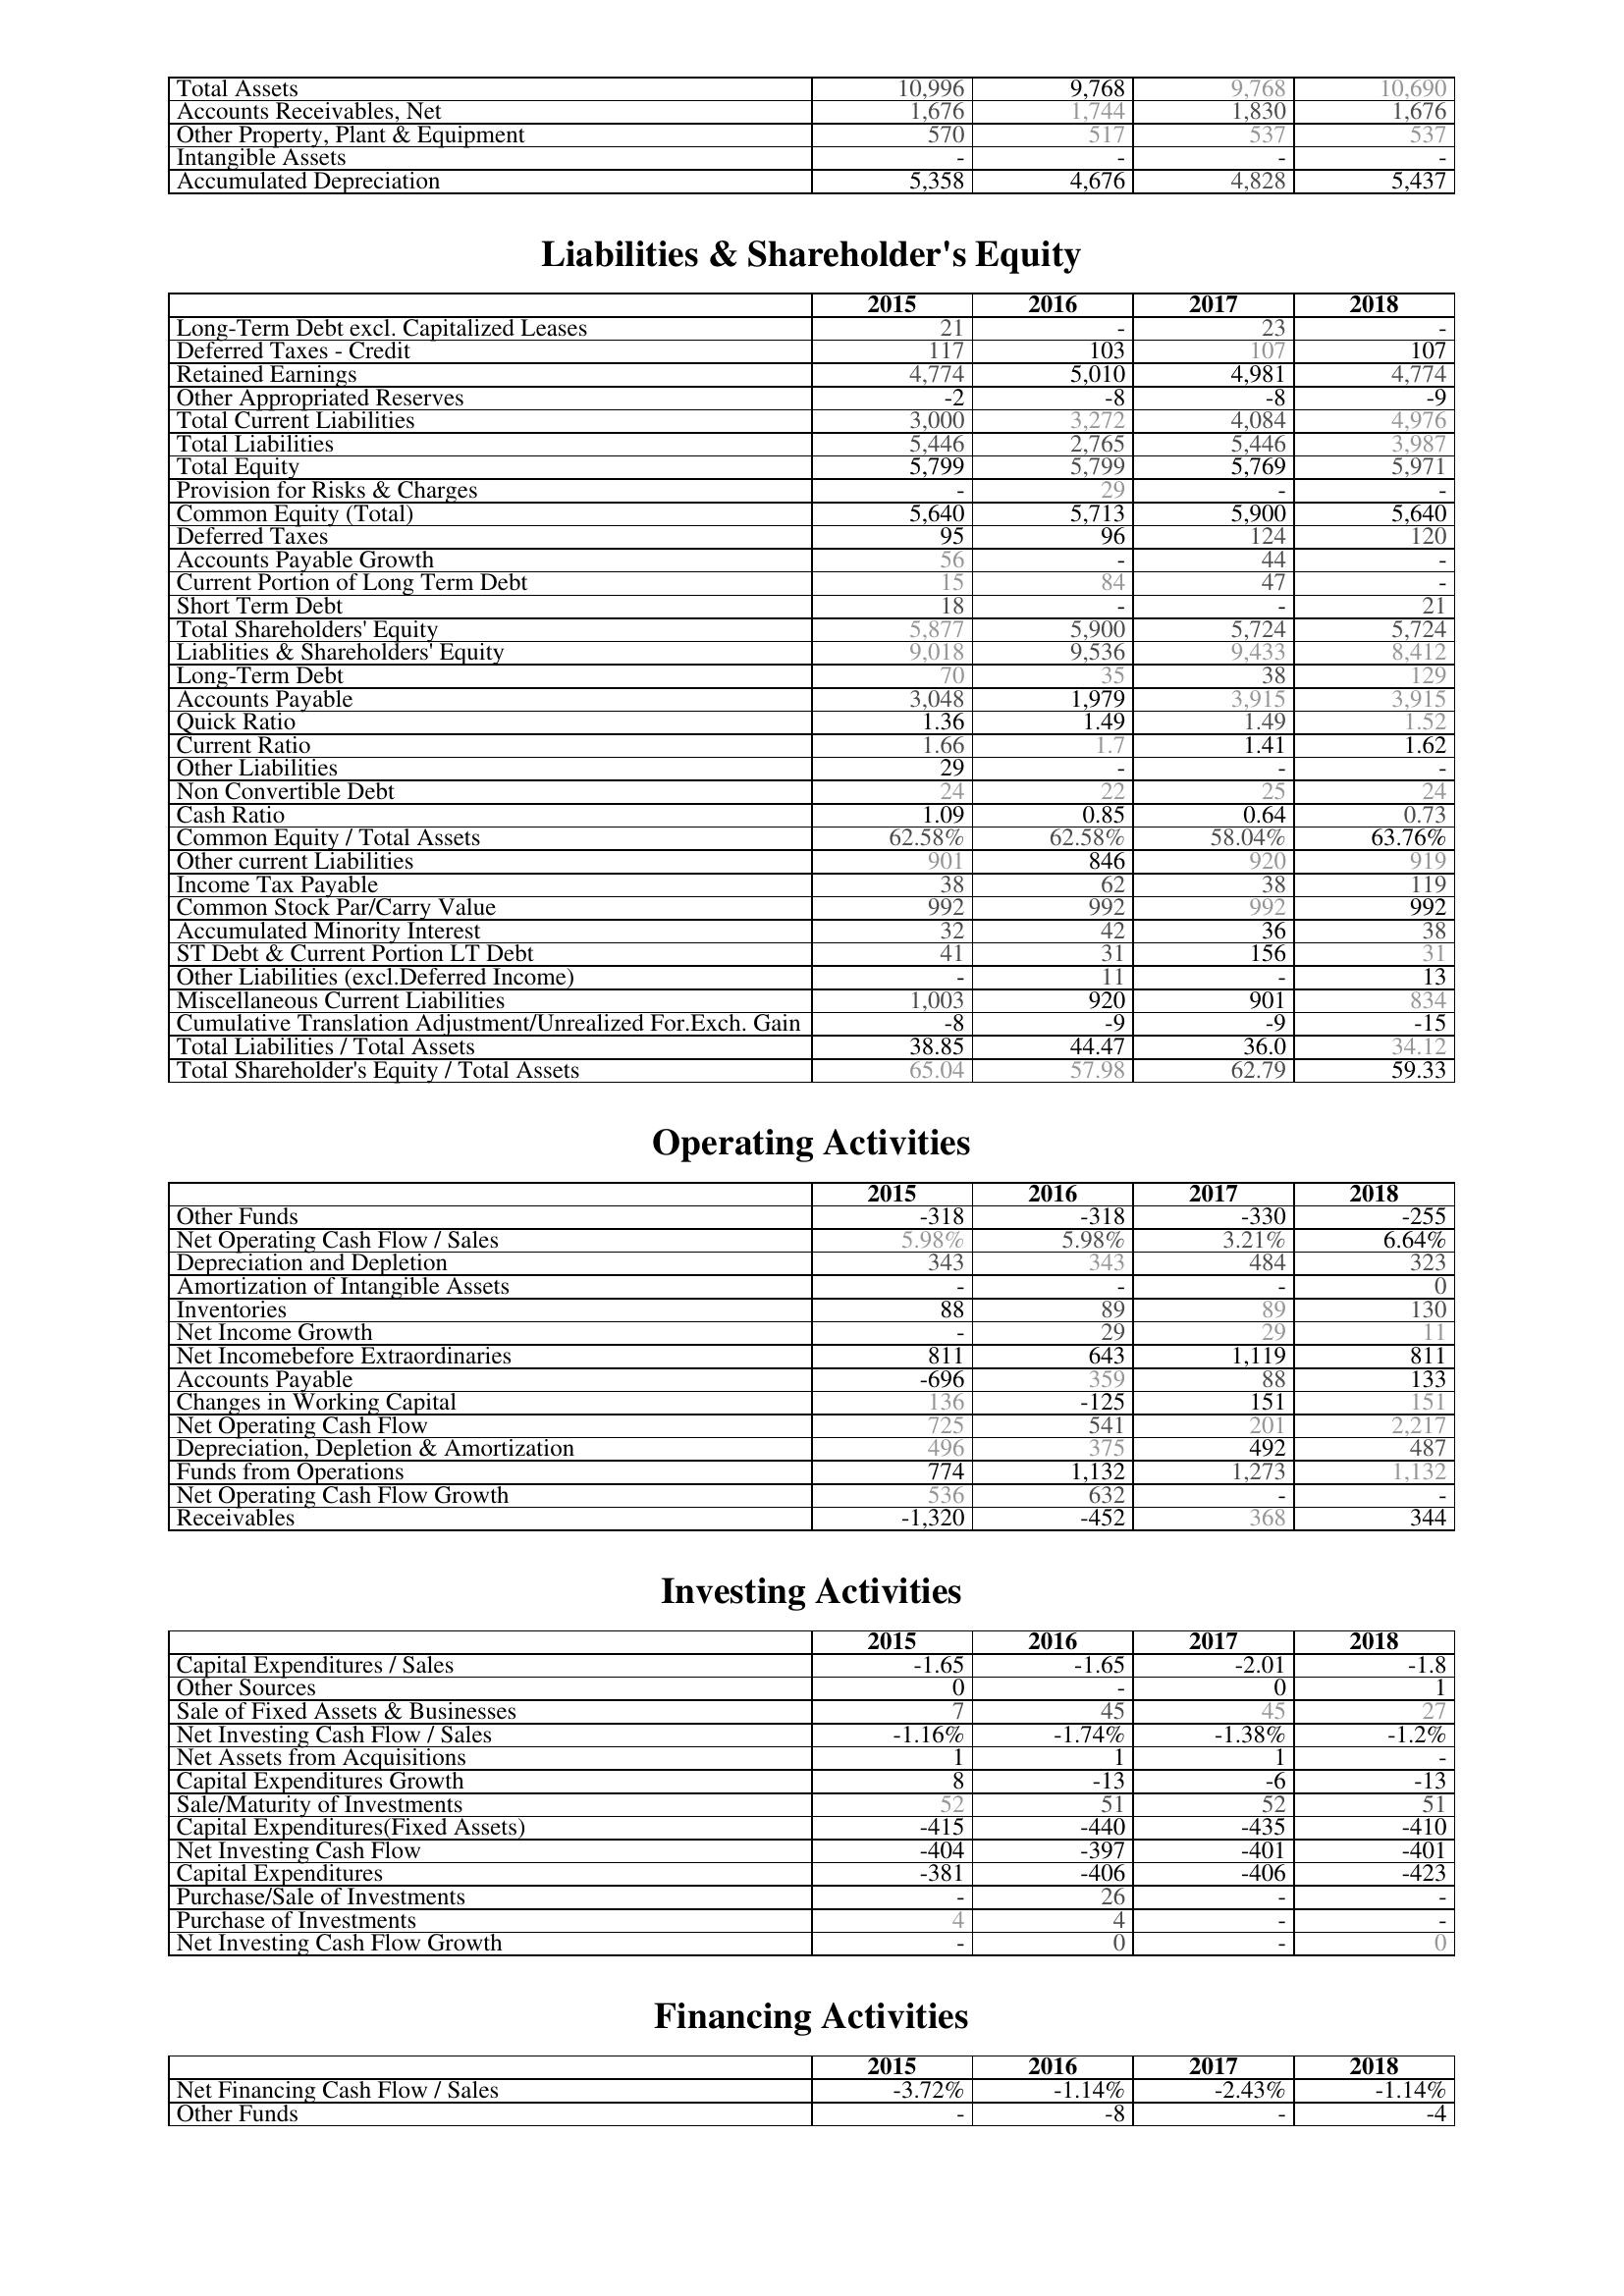
2015: Assets: Total Assets: 10,996
Accounts Receivables, Net: 1,676
Other Property, Plant & Equipment: 570
Intangible Assets: -
Accumulated Depreciation: 5,358
Liabilities & Shareholder's Equity: Long-Term Debt excl. Capitalized Leases: 21
Deferred Taxes - Credit: 117
Retained Earnings: 4,774
Other Appropriated Reserves: -2
Total Current Liabilities: 3,000
Total Liabilities: 5,446
Total Equity: 5,799
Provision for Risks & Charges: -
Common Equity (Total): 5,640
Deferred Taxes: 95
Accounts Payable Growth: 56
Current Portion of Long Term Debt: 15
Short Term Debt: 18
Total Shareholders' Equity: 5,877
Liablities & Shareholders' Equity: 9,018
Long-Term Debt: 70
Accounts Payable: 3,048
Quick Ratio: 1.36
Current Ratio: 1.66
Other Liabilities: 29
Non Convertible Debt: 24
Cash Ratio: 1.09
Common Equity / Total Assets: 62.58%
Other current Liabilities: 901
Income Tax Payable: 38
Common Stock Par/Carry Value: 992
Accumulated Minority Interest: 32
ST Debt & Current Portion LT Debt: 41
Other Liabilities (excl.Deferred Income): -
Miscellaneous Current Liabilities: 1,003
Cumulative Translation Adjustment/Unrealized For.Exch. Gain: -8
Total Liabilities / Total Assets: 38.85
Total Shareholder's Equity / Total Assets: 65.04
Operating Activities: Other Funds: -318
Net Operating Cash Flow / Sales: 5.98%
Depreciation and Depletion: 343
Amortization of Intangible Assets: -
Inventories: 88
Net Income Growth: -
Net Incomebefore Extraordinaries: 811
Accounts Payable: -696
Changes in Working Capital: 136
Net Operating Cash Flow: 725
Depreciation, Depletion & Amortization: 496
Funds from Operations: 774
Net Operating Cash Flow Growth: 536
Receivables: -1,320
Investing Activities: Capital Expenditures / Sales: -1.65
Other Sources: 0
Sale of Fixed Assets & Businesses: 7
Net Investing Cash Flow / Sales: -1.16%
Net Assets from Acquisitions: 1
Capital Expenditures Growth: 8
Sale/Maturity of Investments: 52
Capital Expenditures(Fixed Assets): -415
Net Investing Cash Flow: -404
Capital Expenditures: -381
Purchase/Sale of Investments: -
Purchase of Investments: 4
Net Investing Cash Flow Growth: -
Financing Activities: Net Financing Cash Flow / Sales: -3.72%
Other Funds: -
2016: Assets: Total Assets: 9,768
Accounts Receivables, Net: 1,744
Other Property, Plant & Equipment: 517
Intangible Assets: -
Accumulated Depreciation: 4,676
Liabilities & Shareholder's Equity: Long-Term Debt excl. Capitalized Leases: -
Deferred Taxes - Credit: 103
Retained Earnings: 5,010
Other Appropriated Reserves: -8
Total Current Liabilities: 3,272
Total Liabilities: 2,765
Total Equity: 5,799
Provision for Risks & Charges: 29
Common Equity (Total): 5,713
Deferred Taxes: 96
Accounts Payable Growth: -
Current Portion of Long Term Debt: 84
Short Term Debt: -
Total Shareholders' Equity: 5,900
Liablities & Shareholders' Equity: 9,536
Long-Term Debt: 35
Accounts Payable: 1,979
Quick Ratio: 1.49
Current Ratio: 1.7
Other Liabilities: -
Non Convertible Debt: 22
Cash Ratio: 0.85
Common Equity / Total Assets: 62.58%
Other current Liabilities: 846
Income Tax Payable: 62
Common Stock Par/Carry Value: 992
Accumulated Minority Interest: 42
ST Debt & Current Portion LT Debt: 31
Other Liabilities (excl.Deferred Income): 11
Miscellaneous Current Liabilities: 920
Cumulative Translation Adjustment/Unrealized For.Exch. Gain: -9
Total Liabilities / Total Assets: 44.47
Total Shareholder's Equity / Total Assets: 57.98
Operating Activities: Other Funds: -318
Net Operating Cash Flow / Sales: 5.98%
Depreciation and Depletion: 343
Amortization of Intangible Assets: -
Inventories: 89
Net Income Growth: 29
Net Incomebefore Extraordinaries: 643
Accounts Payable: 359
Changes in Working Capital: -125
Net Operating Cash Flow: 541
Depreciation, Depletion & Amortization: 375
Funds from Operations: 1,132
Net Operating Cash Flow Growth: 632
Receivables: -452
Investing Activities: Capital Expenditures / Sales: -1.65
Other Sources: -
Sale of Fixed Assets & Businesses: 45
Net Investing Cash Flow / Sales: -1.74%
Net Assets from Acquisitions: 1
Capital Expenditures Growth: -13
Sale/Maturity of Investments: 51
Capital Expenditures(Fixed Assets): -440
Net Investing Cash Flow: -397
Capital Expenditures: -406
Purchase/Sale of Investments: 26
Purchase of Investments: 4
Net Investing Cash Flow Growth: 0
Financing Activities: Net Financing Cash Flow / Sales: -1.14%
Other Funds: -8
2017: Assets: Total Assets: 9,768
Accounts Receivables, Net: 1,830
Other Property, Plant & Equipment: 537
Intangible Assets: -
Accumulated Depreciation: 4,828
Liabilities & Shareholder's Equity: Long-Term Debt excl. Capitalized Leases: 23
Deferred Taxes - Credit: 107
Retained Earnings: 4,981
Other Appropriated Reserves: -8
Total Current Liabilities: 4,084
Total Liabilities: 5,446
Total Equity: 5,769
Provision for Risks & Charges: -
Common Equity (Total): 5,900
Deferred Taxes: 124
Accounts Payable Growth: 44
Current Portion of Long Term Debt: 47
Short Term Debt: -
Total Shareholders' Equity: 5,724
Liablities & Shareholders' Equity: 9,433
Long-Term Debt: 38
Accounts Payable: 3,915
Quick Ratio: 1.49
Current Ratio: 1.41
Other Liabilities: -
Non Convertible Debt: 25
Cash Ratio: 0.64
Common Equity / Total Assets: 58.04%
Other current Liabilities: 920
Income Tax Payable: 38
Common Stock Par/Carry Value: 992
Accumulated Minority Interest: 36
ST Debt & Current Portion LT Debt: 156
Other Liabilities (excl.Deferred Income): -
Miscellaneous Current Liabilities: 901
Cumulative Translation Adjustment/Unrealized For.Exch. Gain: -9
Total Liabilities / Total Assets: 36.0
Total Shareholder's Equity / Total Assets: 62.79
Operating Activities: Other Funds: -330
Net Operating Cash Flow / Sales: 3.21%
Depreciation and Depletion: 484
Amortization of Intangible Assets: -
Inventories: 89
Net Income Growth: 29
Net Incomebefore Extraordinaries: 1,119
Accounts Payable: 88
Changes in Working Capital: 151
Net Operating Cash Flow: 201
Depreciation, Depletion & Amortization: 492
Funds from Operations: 1,273
Net Operating Cash Flow Growth: -
Receivables: 368
Investing Activities: Capital Expenditures / Sales: -2.01
Other Sources: 0
Sale of Fixed Assets & Businesses: 45
Net Investing Cash Flow / Sales: -1.38%
Net Assets from Acquisitions: 1
Capital Expenditures Growth: -6
Sale/Maturity of Investments: 52
Capital Expenditures(Fixed Assets): -435
Net Investing Cash Flow: -401
Capital Expenditures: -406
Purchase/Sale of Investments: -
Purchase of Investments: -
Net Investing Cash Flow Growth: -
Financing Activities: Net Financing Cash Flow / Sales: -2.43%
Other Funds: -
2018: Assets: Total Assets: 10,690
Accounts Receivables, Net: 1,676
Other Property, Plant & Equipment: 537
Intangible Assets: -
Accumulated Depreciation: 5,437
Liabilities & Shareholder's Equity: Long-Term Debt excl. Capitalized Leases: -
Deferred Taxes - Credit: 107
Retained Earnings: 4,774
Other Appropriated Reserves: -9
Total Current Liabilities: 4,976
Total Liabilities: 3,987
Total Equity: 5,971
Provision for Risks & Charges: -
Common Equity (Total): 5,640
Deferred Taxes: 120
Accounts Payable Growth: -
Current Portion of Long Term Debt: -
Short Term Debt: 21
Total Shareholders' Equity: 5,724
Liablities & Shareholders' Equity: 8,412
Long-Term Debt: 129
Accounts Payable: 3,915
Quick Ratio: 1.52
Current Ratio: 1.62
Other Liabilities: -
Non Convertible Debt: 24
Cash Ratio: 0.73
Common Equity / Total Assets: 63.76%
Other current Liabilities: 919
Income Tax Payable: 119
Common Stock Par/Carry Value: 992
Accumulated Minority Interest: 38
ST Debt & Current Portion LT Debt: 31
Other Liabilities (excl.Deferred Income): 13
Miscellaneous Current Liabilities: 834
Cumulative Translation Adjustment/Unrealized For.Exch. Gain: -15
Total Liabilities / Total Assets: 34.12
Total Shareholder's Equity / Total Assets: 59.33
Operating Activities: Other Funds: -255
Net Operating Cash Flow / Sales: 6.64%
Depreciation and Depletion: 323
Amortization of Intangible Assets: 0
Inventories: 130
Net Income Growth: 11
Net Incomebefore Extraordinaries: 811
Accounts Payable: 133
Changes in Working Capital: 151
Net Operating Cash Flow: 2,217
Depreciation, Depletion & Amortization: 487
Funds from Operations: 1,132
Net Operating Cash Flow Growth: -
Receivables: 344
Investing Activities: Capital Expenditures / Sales: -1.8
Other Sources: 1
Sale of Fixed Assets & Businesses: 27
Net Investing Cash Flow / Sales: -1.2%
Net Assets from Acquisitions: -
Capital Expenditures Growth: -13
Sale/Maturity of Investments: 51
Capital Expenditures(Fixed Assets): -410
Net Investing Cash Flow: -401
Capital Expenditures: -423
Purchase/Sale of Investments: -
Purchase of Investments: -
Net Investing Cash Flow Growth: 0
Financing Activities: Net Financing Cash Flow / Sales: -1.14%
Other Funds: -4